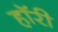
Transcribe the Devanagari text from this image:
हॉरी